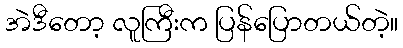
အဲဒီတော့ လူကြီးက ပြန်ပြောတယ်တဲ့။